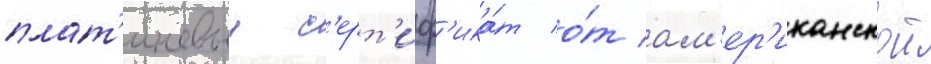
плат'иновыи с'ерт'иф'ика́т о́т ам'ер'иканскои